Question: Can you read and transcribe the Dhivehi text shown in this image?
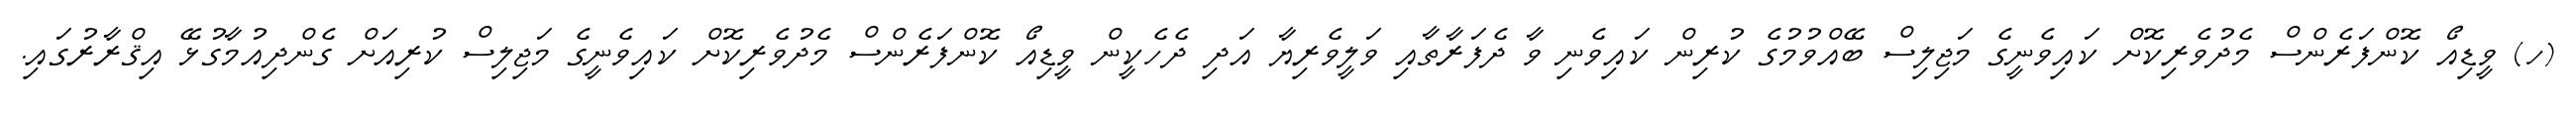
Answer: (ހ) ވީޑިއޯ ކޮންފަރެންސް މެދުވެރިކޮށް ކައިވެނީގެ މަޖިލިސް ބޭއްވުމުގެ ކުރިން ކައިވެނި ވާ ދެފަރާތާއި ވަލީވެރިޔާ އަދި ދެހެކީން ވީޑިއޯ ކޮންފަރެންސް މެދުވެރިކޮށް ކައިވެނީގެ މަޖިލިސް ކުރިއަށް ގެންދިއުމާގުޅޭ އިޤްރާރުގައި.